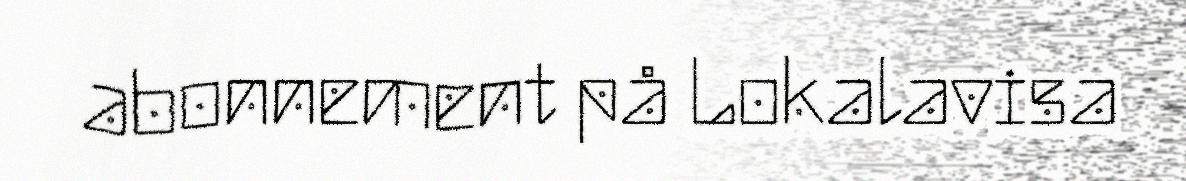
abonnement på Lokalavisa